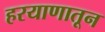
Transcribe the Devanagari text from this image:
हरयाणातून